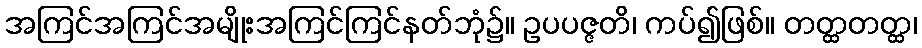
အကြင်အကြင်အမျိုးအကြင်ကြင်နတ်ဘုံ၌။ ဥပပဇ္ဇတိ၊ ကပ်၍ဖြစ်။ တတ္ထတတ္ထ၊